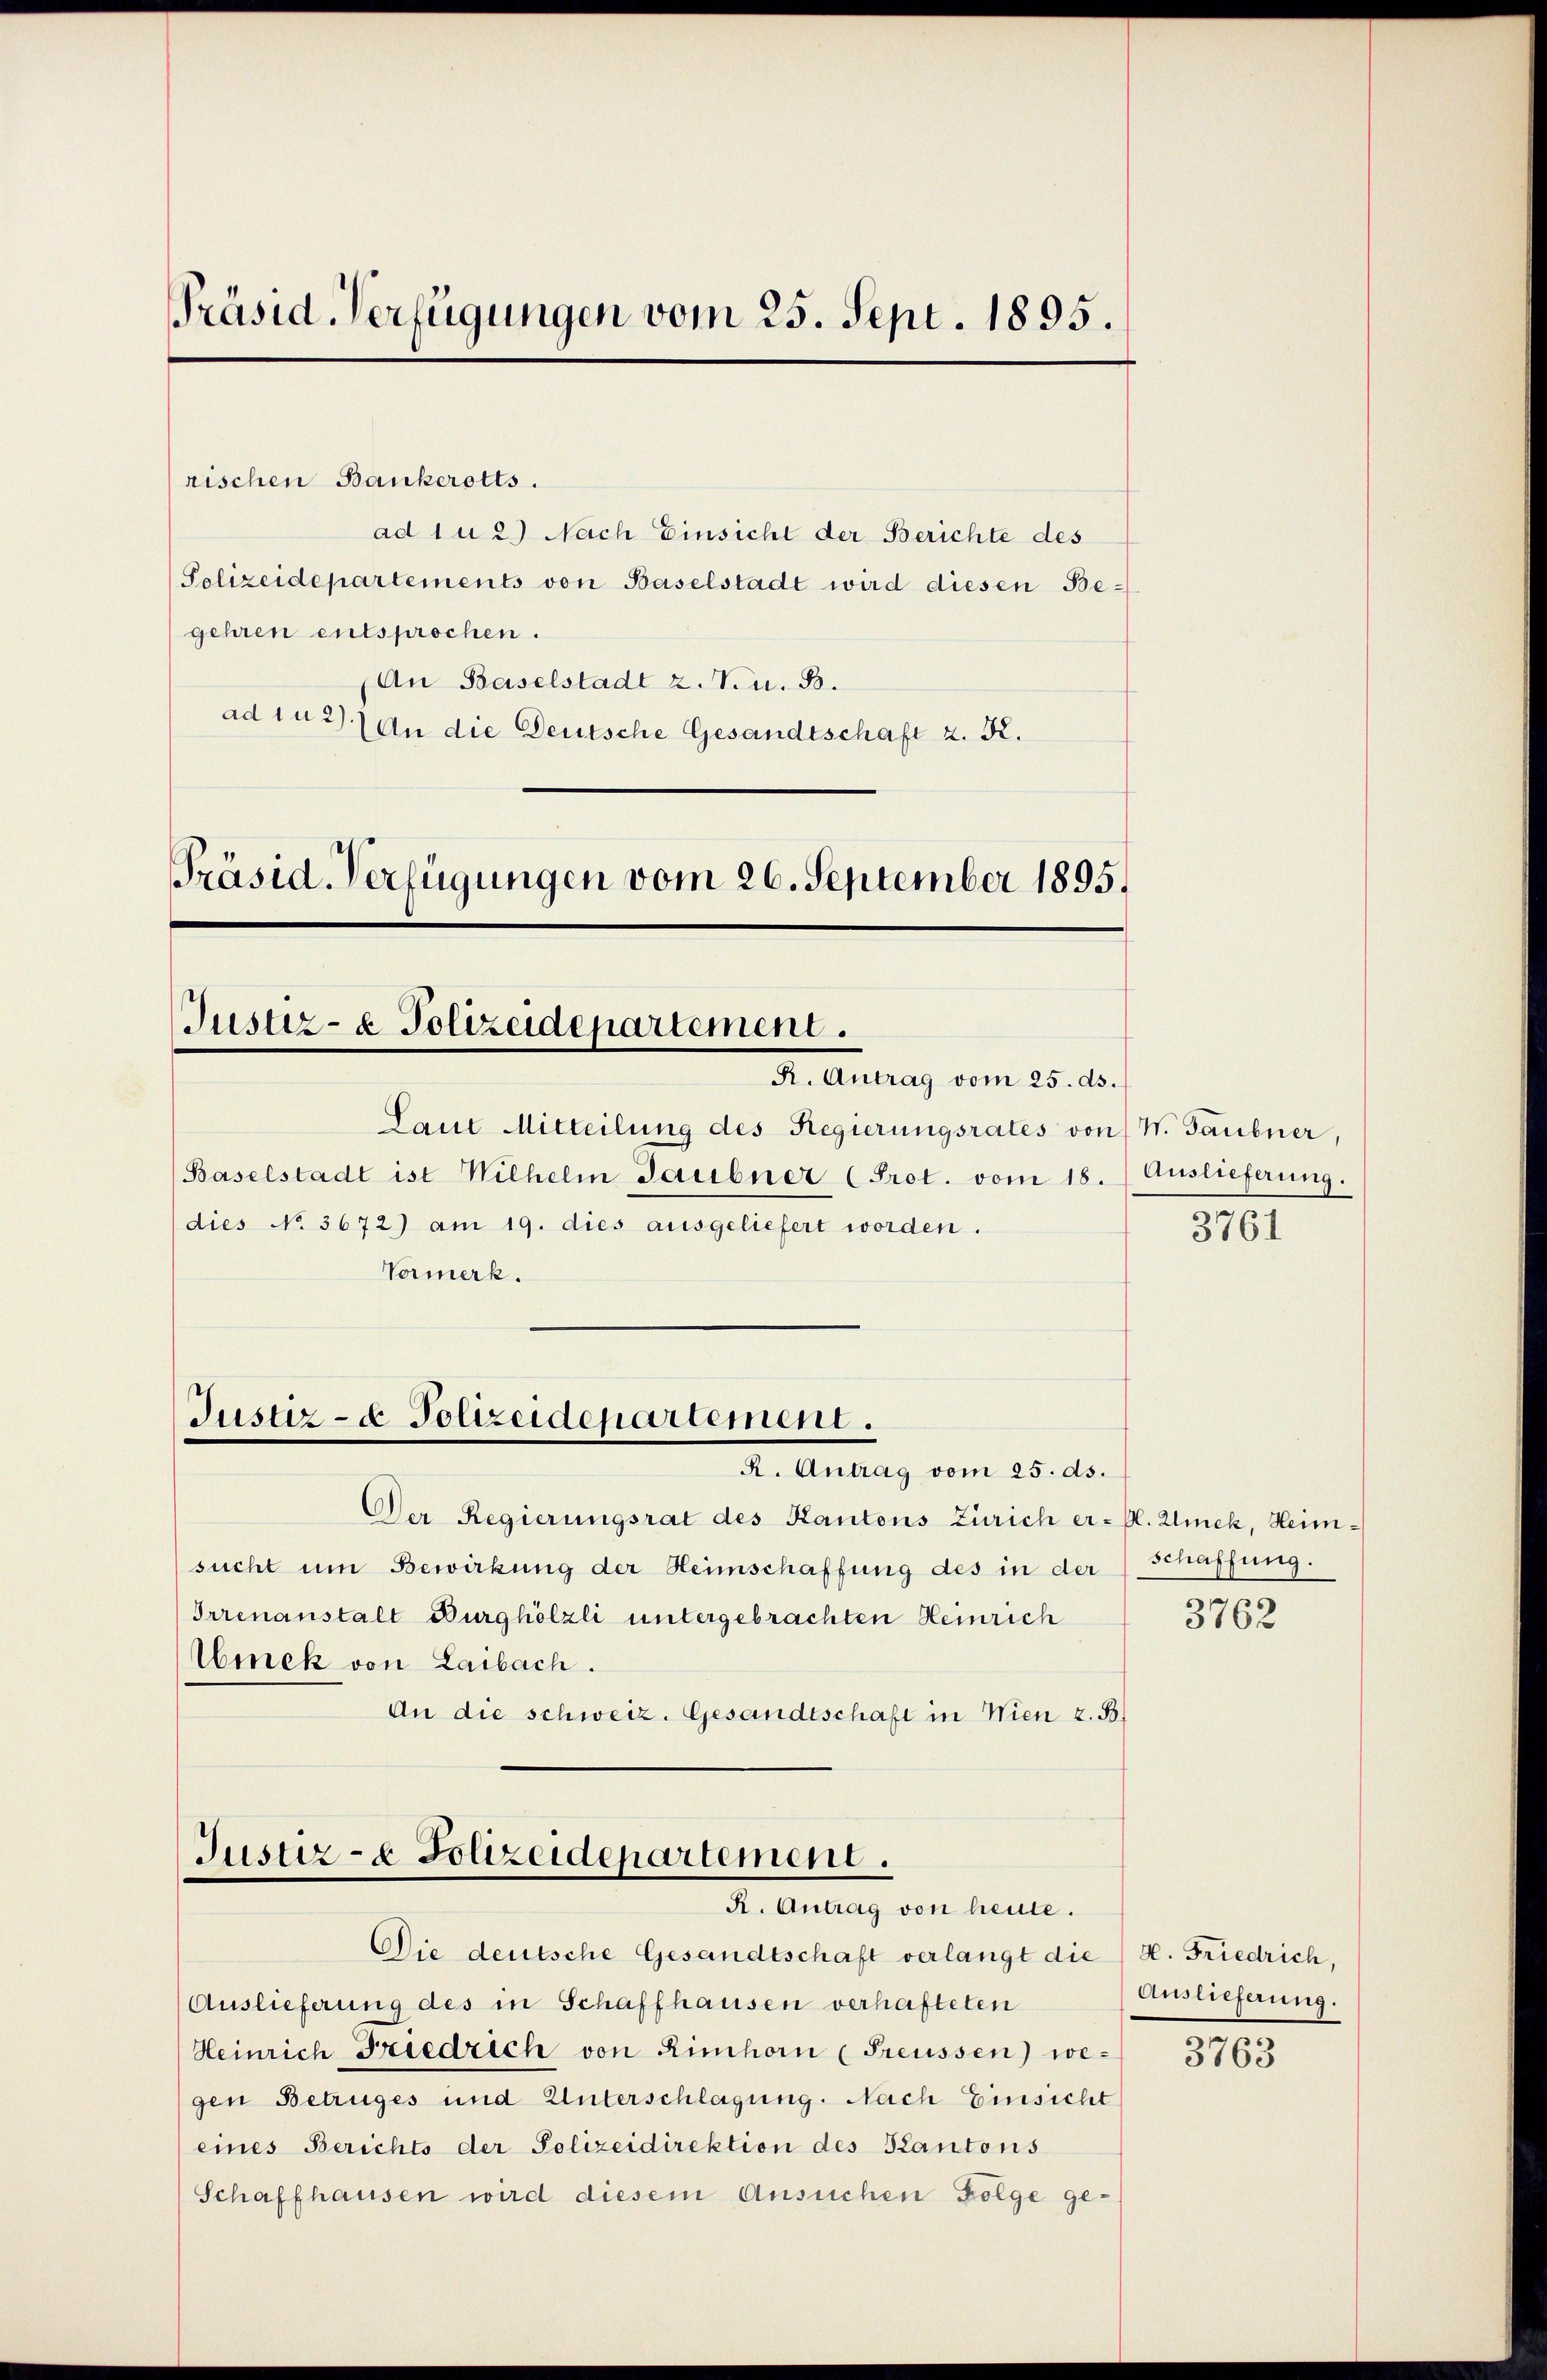
PPräsid. Verfügungen vom 25. Sept. 1895.

rischen Bankerotts.
ad 1 u 2) Nach Einsicht der Berichte des
Polizeidepartements von Baselstadt wird diesen Begehren entsprochen.
An Baselstadt z. Ven. B.
ad 1 u 2) An die Deutsche Gesandtschaft z. K.
Präsid. Verfügungen vom 26. September 1895.

Justiz- & Polizeidepartement.
R. Antrag vom 25. ds.

Laut Mitteilung des Regierungsrates von W. Taubner,
(Baselstadt ist Wilhelm Gaubner (Prot. vom 18. Auslieferung.
(dies No. 3672) am 19. dies ausgeliefert worden.
Vormerk.

Justiz- & Polizeidepartement.
R. Antrag vom 25. ds.

Der Regierungsrat des Kantons Zürich er- Pl. Unek, Heimsucht um Bewirkung der Heimschaffung des in der
Irrenanstalt Burghölzli untergebrachten Heinrich
Wmek von Laibach.
An die schweiz. Gesandtschaft in Wien z. B.

Justiz- & Polizeidepartement.
R. Antrag von heute.

Schaffhausen wird diesem Ansuchen Folge ge-

Die deutsche Gesandtschaft verlangt die
Auslieferung des in Schaffhausen verhafteten
Heinrich Friedrich von Rinhorn (Freussen) wegen Betruges und Unterschlagung. Nach Einsicht
eines Berichts der Polizeidirektion des Kantons

3761

schaffung.

3762

H. Friedrich,
Auslieferung.

3763